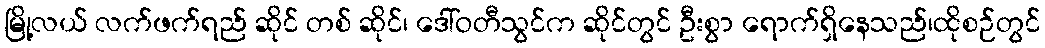
မြို့လယ် လက်ဖက်ရည် ဆိုင် တစ် ဆိုင်၊ ဒေါ်ဝတီသွင်က ဆိုင်တွင် ဦးစွာ ရောက်ရှိနေသည်၊ထိုစဉ်တွင်